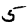
Digit: 5